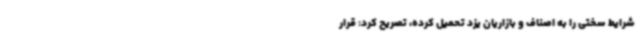
شرایط سختی را به اصناف و بازاریان یزد تحمیل کرده، تصریح کرد: قرار